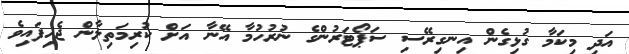
އަދި މިކަމާ ގުޅިގެން އިނގިރޭސި ސަޕޯޓަރުންގެ ނުރުހުމާ އޭނާ އަށް ކުރިމަތިލާން ޖެހިފައިވެ